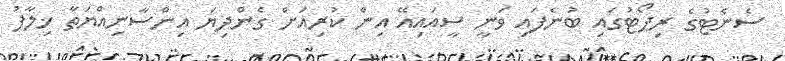
ސެނެޓުގެ ރިޕޯޓުގައި ބުނެފައި ވަނީ ސީއައިއޭ އިން ކުރިއަށް ގެންދިޔަ އިންސާނިއްޔަތާ ޚިލާފު